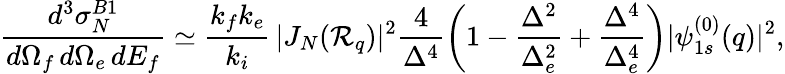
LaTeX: \frac{d^{3}{\sigma}_{N}^{B1}}{d\Omega_{f}\, d\Omega_{e}\, dE_{f}}\simeq\frac{k_{f}k_{e}}{k_{i}}\, |J_{N}({\cal R}_{q})|^{2}\frac{4}{\Delta^{4}}\left(1-\frac{\Delta^{2}}{\Delta_{e}^{2}}+\frac{\Delta^{4}}{\Delta_{e}^{4}}\right)|\psi_{1s}^{(0)}(q)|^{2},